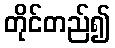
တိုင်တည်၍